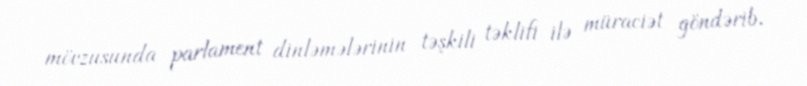
mövzusunda parlament dinləmələrinin təşkili təklifi ilə müraciət göndərib.